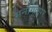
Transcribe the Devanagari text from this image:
मनोगतपर